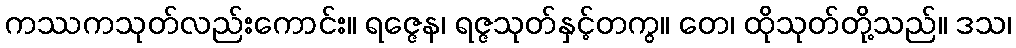
ကဿကသုတ်လည်းကောင်း။ ရဇ္ဇေန၊ ရဇ္ဇသုတ်နှင့်တကွ။ တေ၊ ထိုသုတ်တို့သည်။ ဒသ၊